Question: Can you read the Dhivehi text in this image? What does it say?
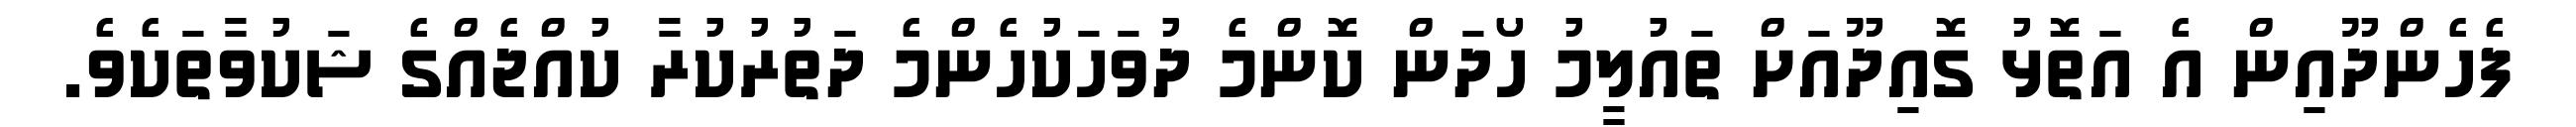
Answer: ފެހެންދޫއިން އެ އަތޮޅު ގޮއިދޫއަށް ތައުލީމު ހޯދަން ކޮންމެ ދުވަހަކުހެންމެ ދަތުރުކުރާ ކުއްޖެއްގެ ޝަކުވާތަކެވެ.